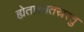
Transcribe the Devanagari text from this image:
ह्येताश्चतस्रस्तु